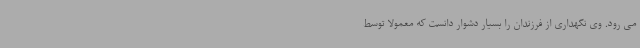
می رود. وی نگهداری از فرزندان را بسیار دشوار دانست که معمولا توسط